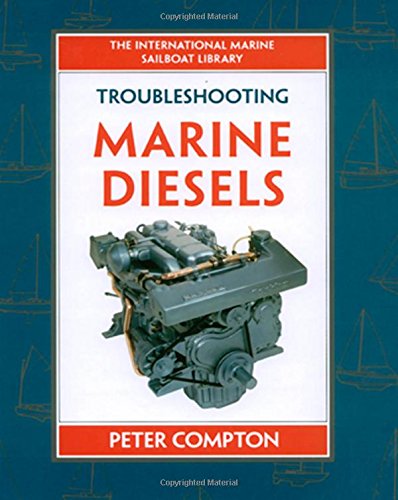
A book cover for Troubleshooting Marine Diesels; Peter Compton; Engineering & Transportation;